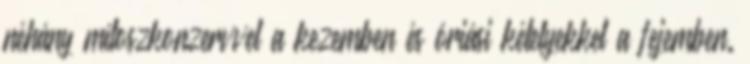
néhány mítoszkonzervvel a kezemben és óriási kételyekkel a fejemben.